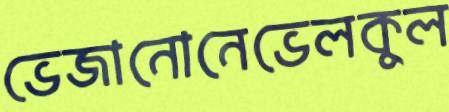
ভেজানোনেভেলকুল